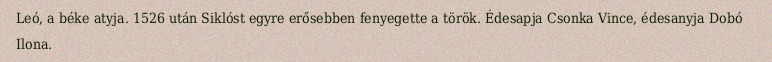
Leó, a béke atyja. 1526 után Siklóst egyre erősebben fenyegette a török. Édesapja Csonka Vince, édesanyja Dobó Ilona.